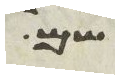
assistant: שם